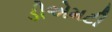
ડીએમટી